Document type: Emphyteutic lease
Year: 1316
Scribe: Berenguer de Vallseca
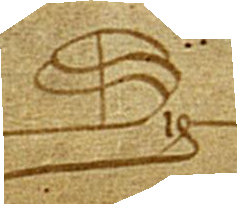
Sig